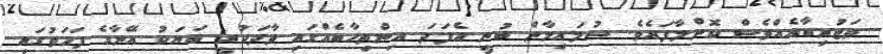
ތަޖުރިބާއެއްވެސް ކޮށްލާފައެވެ. ސުލައިމާން ބުނީ އެފަދަ އިންތިހާބެއްގައި ވާދަކުރީ ބަޔަކު އޭނާގެ ފަހަތުގައި